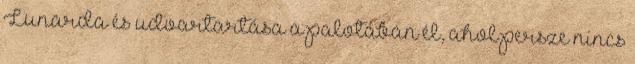
Lunarda és udvartartása a palotában él, ahol persze nincs